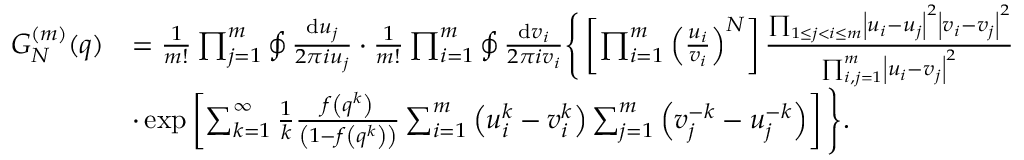
\begin{array} { r l } { G _ { N } ^ { ( m ) } ( q ) } & { = \frac { 1 } { m ! } \prod _ { j = 1 } ^ { m } \oint \frac { { \mathrm { d } } u _ { j } } { 2 \pi i u _ { j } } \cdot \frac { 1 } { m ! } \prod _ { i = 1 } ^ { m } \oint \frac { { \mathrm { d } } v _ { i } } { 2 \pi i v _ { i } } \Bigg \{ \left[ \prod _ { i = 1 } ^ { m } \left( \frac { u _ { i } } { v _ { i } } \right) ^ { N } \right] \frac { \prod _ { 1 \leq j < i \leq m } \left| u _ { i } - u _ { j } \right| ^ { 2 } \left| v _ { i } - v _ { j } \right| ^ { 2 } } { \prod _ { i , j = 1 } ^ { m } \left| u _ { i } - v _ { j } \right| ^ { 2 } } } \\ & { \cdot \exp \left[ \sum _ { k = 1 } ^ { \infty } \frac { 1 } { k } \frac { f \left( q ^ { k } \right) } { \left( 1 - f \left( q ^ { k } \right) \right) } \sum _ { i = 1 } ^ { m } \left( u _ { i } ^ { k } - v _ { i } ^ { k } \right) \sum _ { j = 1 } ^ { m } \left( v _ { j } ^ { - k } - u _ { j } ^ { - k } \right) \right] \Bigg \} . } \end{array}